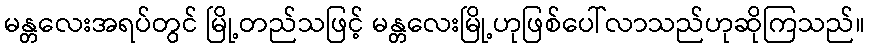
မန္တလေးအရပ်တွင် မြို့တည်သဖြင့် မန္တလေးမြို့ဟုဖြစ်ပေါ်လာသည်ဟုဆိုကြသည်။